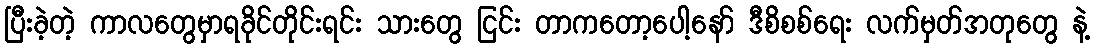
ပြီးခဲ့တဲ့ ကာလတွေမှာရခိုင်တိုင်းရင်း သားတွေ ငြင်း တာကတော့ပေါ့နော် ဒီစိစစ်ရေး လက်မှတ်အတုတွေ နဲ့